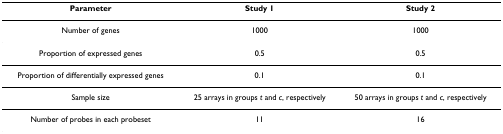
| Parameter | Study 1 | Study 2 |
 | --- | --- | --- |
 | Number of genes | 1000 | 1000 |
 | Proportion of expressed genes | 0.5 | 0.5 |
 | Proportion of differentially expressed genes | 0.1 | 0.1 |
 | Sample size | 25 arrays in groups t and c, respectively | 50 arrays in groups t and c, respectively |
 | Number of probes in each probeset | 11 | 16 |